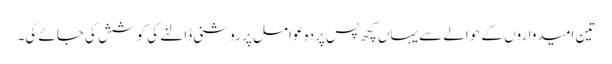
تین امیدواروں کے حوالے سے یہاں کچھ پس پردہ عوامل پر روشنی ڈالنے کی کوشش کی جائے گی۔